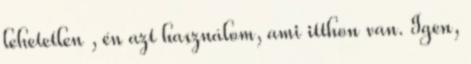
lehetetlen , én azt használom, ami itthon van. Igen,